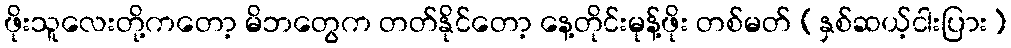
ဖိုးသူလေးတို့ကတော့ မိဘတွေက တတ်နိုင်တော့ နေ့တိုင်းမုန့်ဖိုး တစ်မတ် (နှစ်ဆယ့်ငါးပြား)